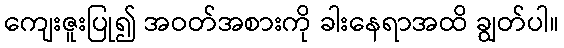
ကျေးဇူးပြု၍ အဝတ်အစားကို ခါးနေရာအထိ ချွတ်ပါ။